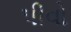
પીવો